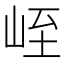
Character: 峌